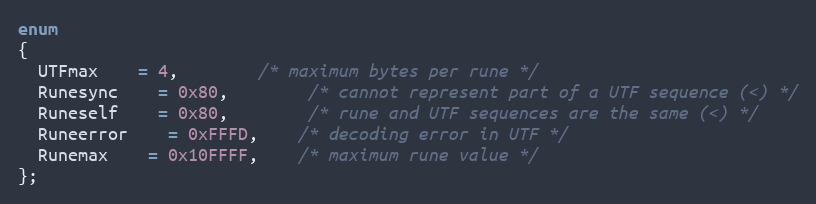
Language: C
enum
{
  UTFmax	= 4,		/* maximum bytes per rune */
  Runesync	= 0x80,		/* cannot represent part of a UTF sequence (<) */
  Runeself	= 0x80,		/* rune and UTF sequences are the same (<) */
  Runeerror	= 0xFFFD,	/* decoding error in UTF */
  Runemax	= 0x10FFFF,	/* maximum rune value */
};